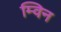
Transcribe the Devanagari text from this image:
म्विन